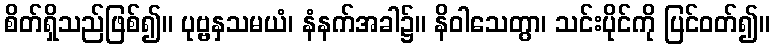
စိတ်ရှိသည်ဖြစ်၍။ ပုဗ္ဗနှသမယံ၊ နံနက်အခါ၌။ နိဝါသေတွာ၊ သင်းပိုင်ကို ပြင်ဝတ်၍။